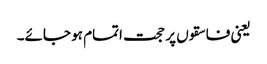
یعنی فاسقوں پر حجت اتمام ہو جائے۔